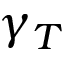
\gamma _ { T }